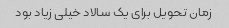
زمان تحویل برای یک سالاد خیلی زیاد بود